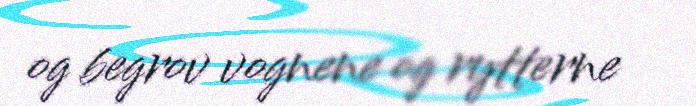
og begrov vognene og rytterne